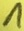
Text: 1